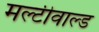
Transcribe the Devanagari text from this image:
मल्टीवाल्ड